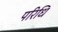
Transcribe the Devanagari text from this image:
परिधि